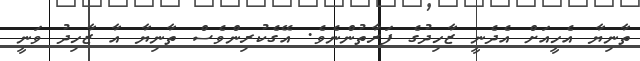
ތާނިޔާ އެހީއަށް އެދެނީ ޒާހިދުގެ ފަރާތުންނެވެ. އޭގެކުރިންވެސް ތާނިޔާ އާ ޒާހިދު ވަނީ